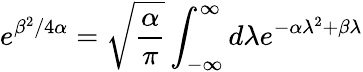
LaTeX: e^{\beta^{2}/4\alpha}=\sqrt{{\frac{\alpha}{\pi}}}\int_{-\infty}^{\infty}d\lambda e^{-\alpha\lambda^{2}+\beta\lambda}